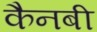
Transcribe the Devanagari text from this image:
कैनबी